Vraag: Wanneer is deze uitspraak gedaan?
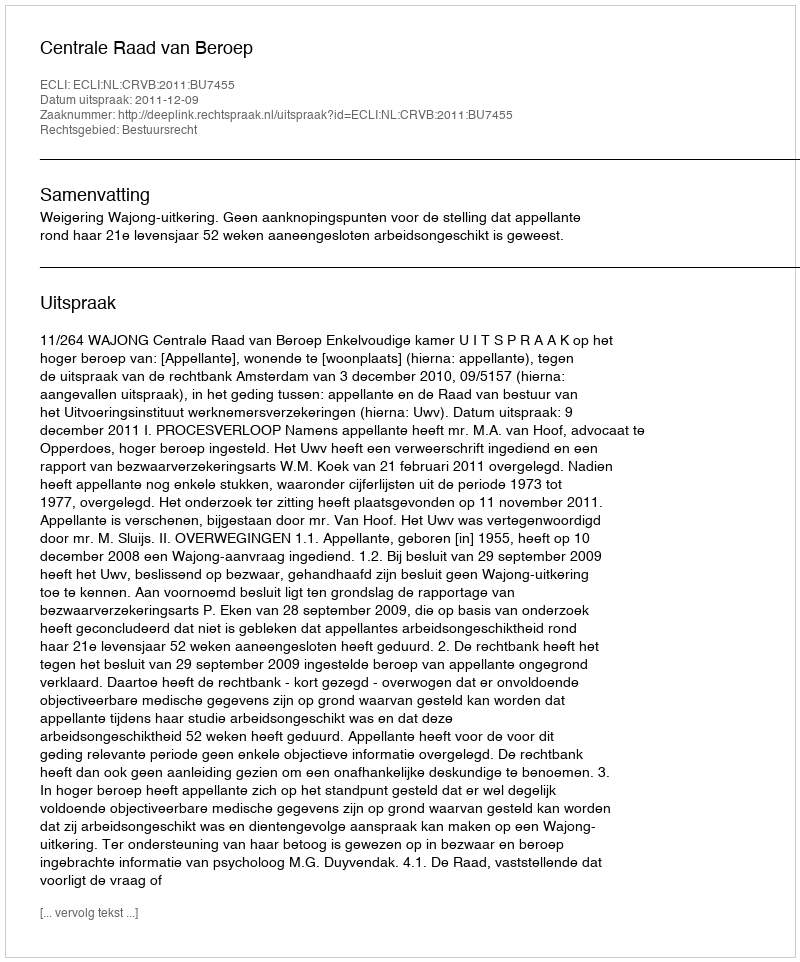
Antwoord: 2011-12-09